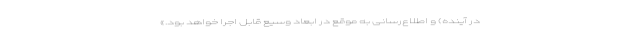
در آینده) و اطلاع‌رسانی به موقع در ابعاد وسیع قابل اجرا خواهد بود.»